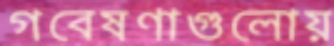
গবেষণাগুলোয়